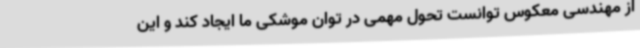
از مهندسی معکوس توانست تحول مهمی در توان موشکی ما ایجاد کند و این